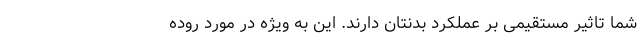
شما تاثیر مستقیمی بر عملکرد بدنتان دارند. این به ویژه در مورد روده